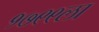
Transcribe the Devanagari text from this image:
१७९९ला